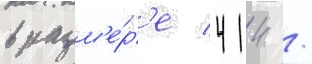
в разм'е́р'е 414 /